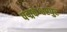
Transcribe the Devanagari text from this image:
पद्मकेश्वरपुर